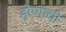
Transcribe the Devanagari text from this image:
होणाची